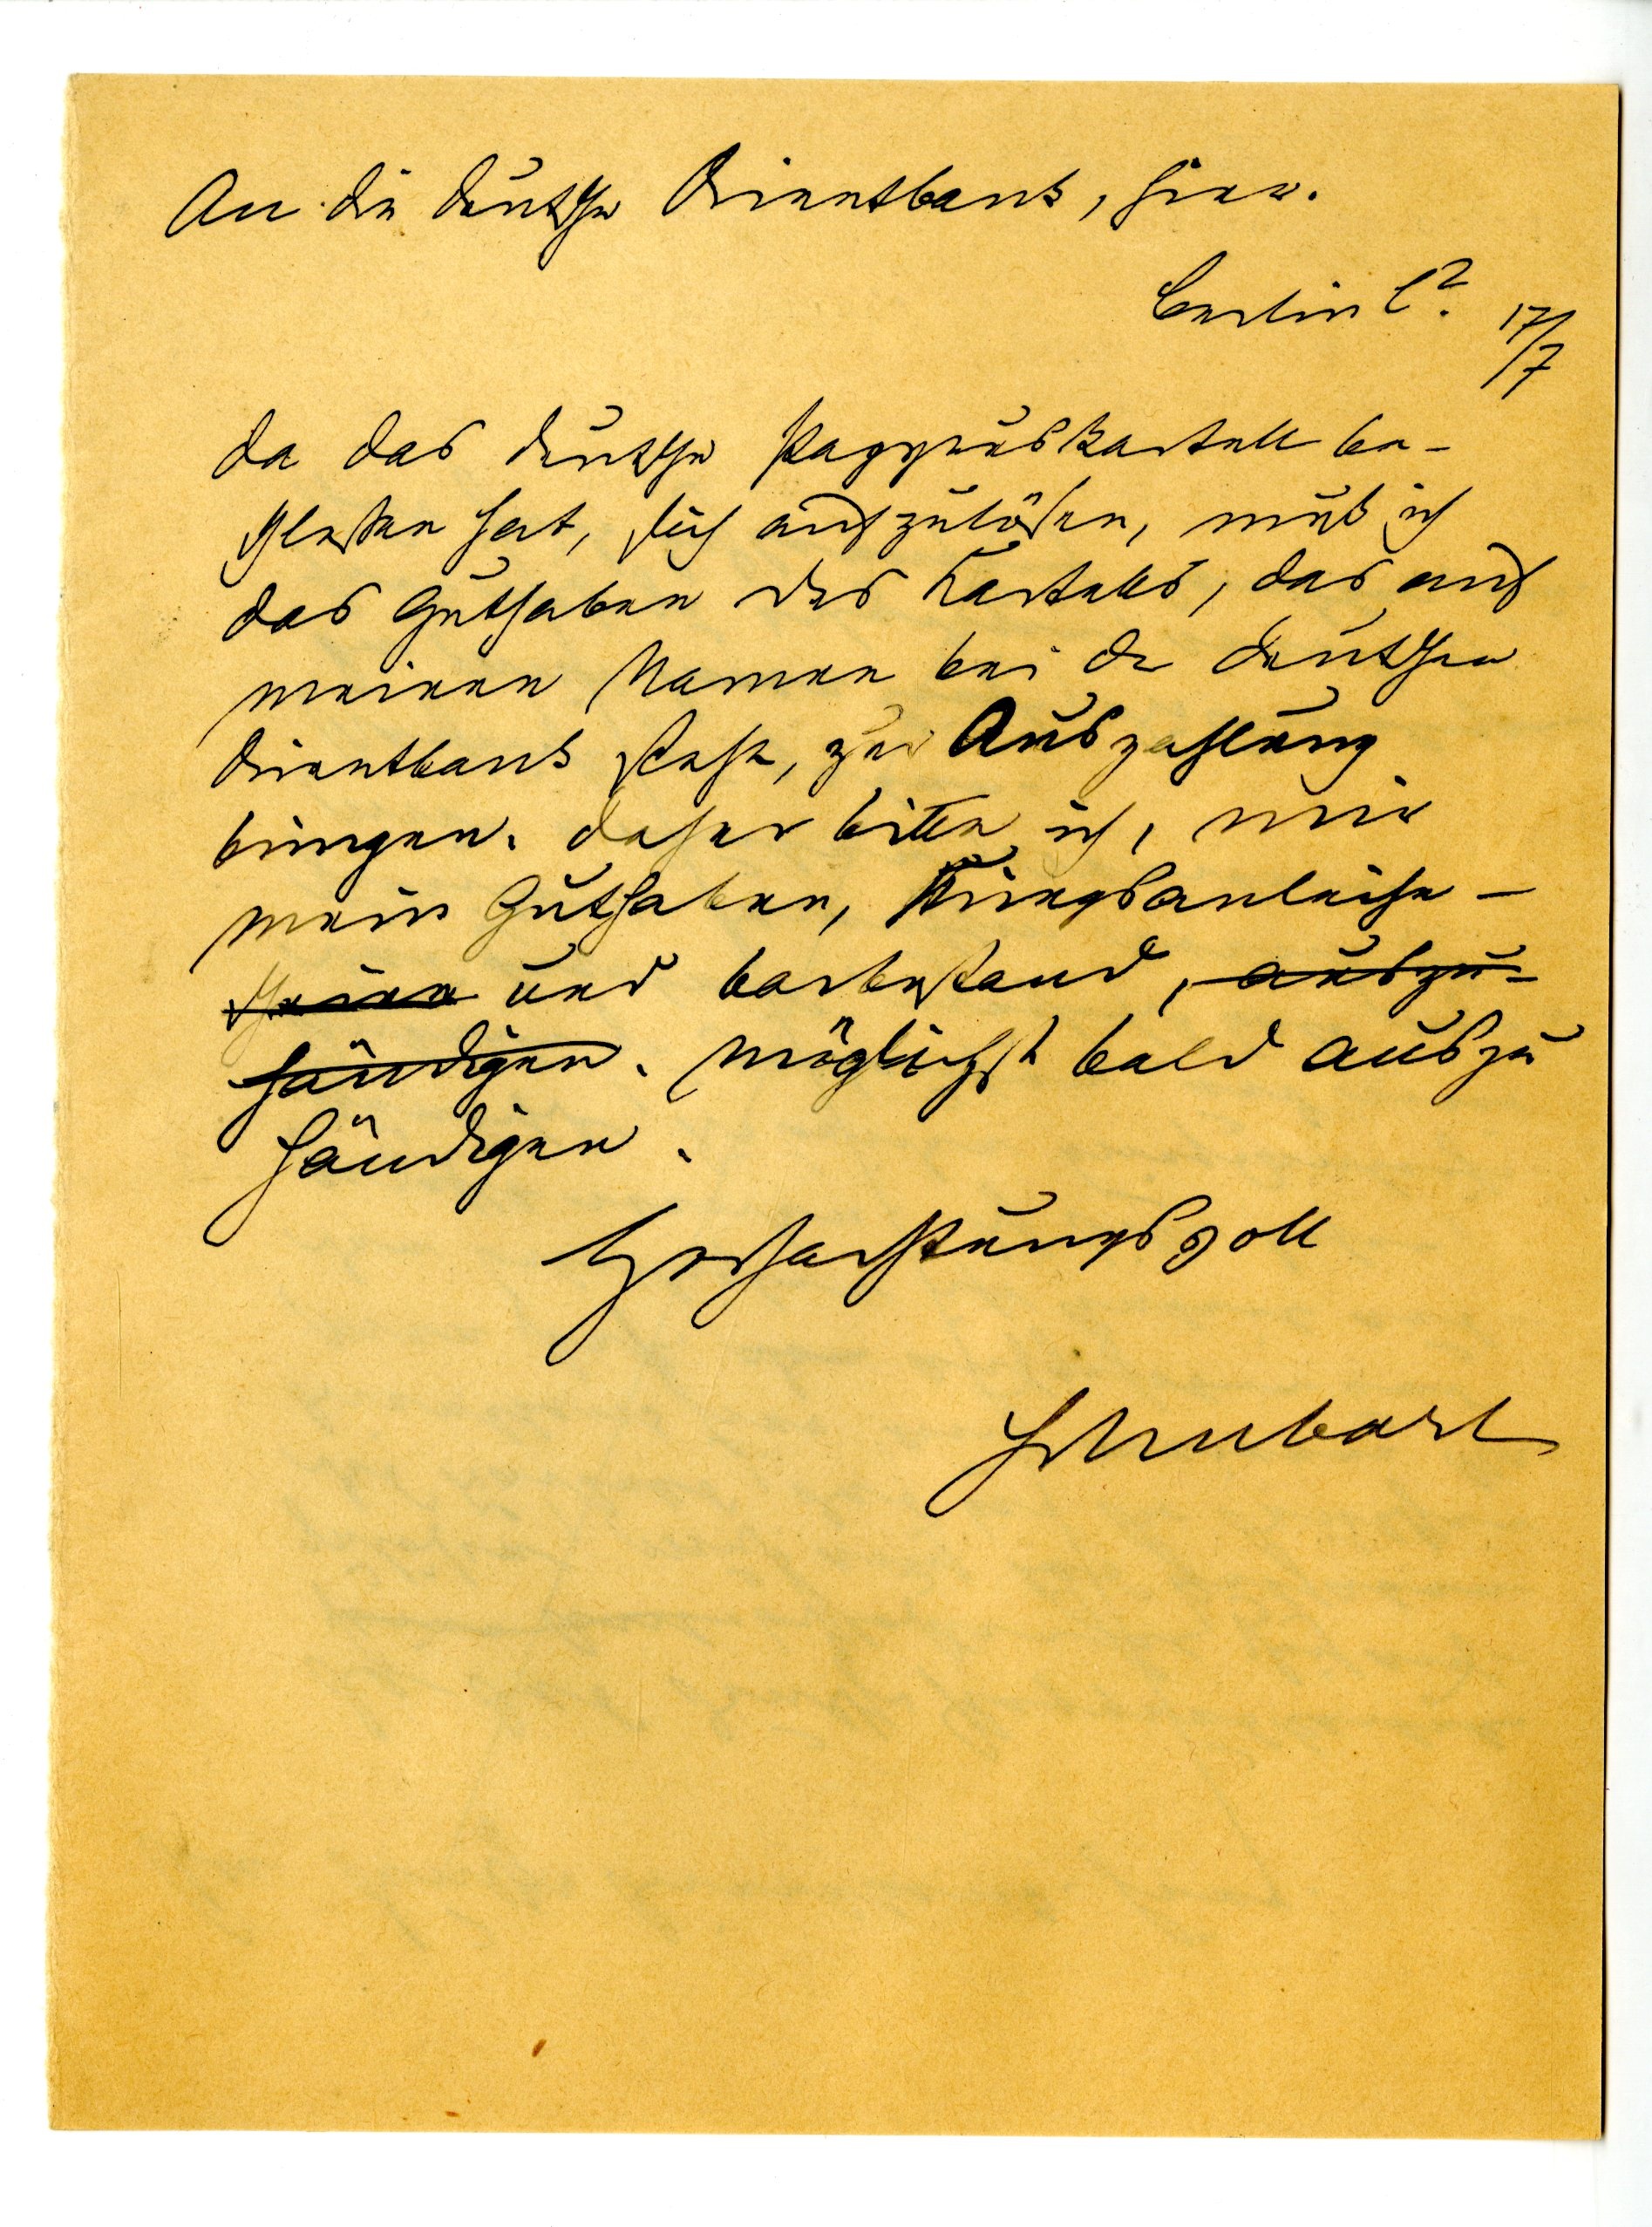
An die deutsche Orientbank, hier.
Berlin l?
17/7
Da das deutsche Papyruskartell be
schlossen hat, sich aufzulösen, muß ich
das Guthaben des Kartells, das auf
meinen Namen bei der deutschen
Orientbank steht, zur Auszahlung
bringen. Daher bitte ich, mir
mein Guthaben, Kriegsanleihe-
und Barbestand
möglichst bald auszu
händigen.
Hochachtungsvoll
Schubart